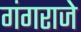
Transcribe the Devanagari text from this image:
गंगराजे